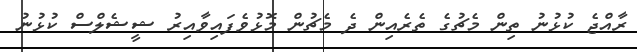
ރާއްޖެ ކުޅުނު ތިން މެޗުގެ ތެރެއިން ދެ މެޗުން މޮޅުވެފައިވާއިރު ޝީޝެލްސް ކުޅުނު